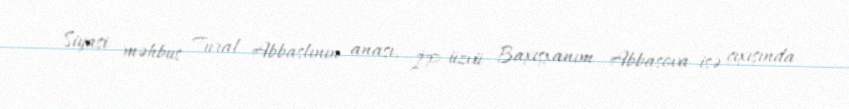
Siyasi məhbus Tural Abbaslının anası, İP üzvü Baxışxanım Abbasova isə çıxışında